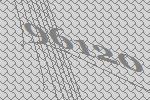
96120